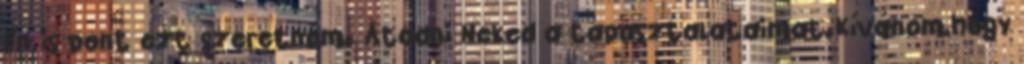
Én is pont ezt szeretném. Átadni Neked a tapasztalataimat.Kívánom,hogy